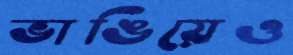
ভাঙিয়েও